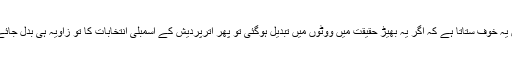
انھیں یہ خوف ستاتا ہے کہ اگر یہ بھیڑ حقیقت میں ووٹوں میں تبدیل ہوگئی تو پھر اترپردیش کے اسمبلی انتخابات کا تو زاویہ ہی بدل جائے گا۔